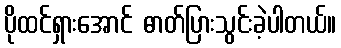
ပိုထင်ရှားအောင် ဓာတ်ပြားသွင်းခဲ့ပါတယ်။